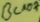
Text: BC107